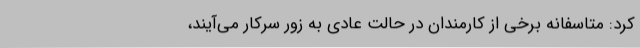
کرد: متاسفانه برخی از کارمندان در حالت عادی به زور سرکار می‌آیند،